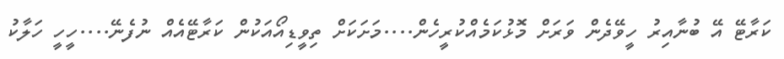
ކަރާޓޭ އޭ ބުނާއިރު ހީވޭދެން ވަރަށް މޮޅުކަމެއްކުރީހެން....މަށަކަށް ތިވީޑިއޯއަކުން ކަރާޓޭއެއް ނުފެނޭ....ހީހީ ހަލާކު